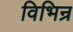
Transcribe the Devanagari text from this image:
विभिन्र